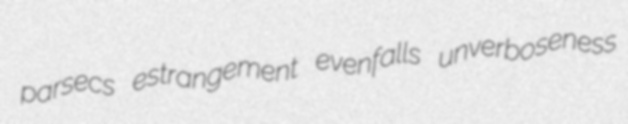
parsecs estrangement evenfalls unverboseness